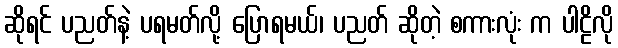
ဆိုရင် ပညတ်နဲ့ ပရမတ်လို့ ပြောရမယ်၊ ပညတ် ဆိုတဲ့ စကားလုံး က ပါဠိလို